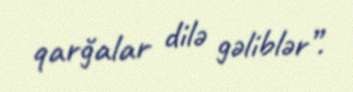
qarğalar dilə gəliblər”.